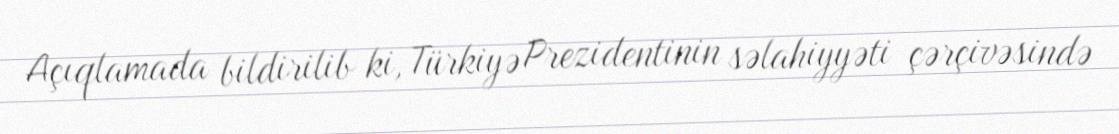
Açıqlamada bildirilib ki, Türkiyə Prezidentinin səlahiyyəti çərçivəsində